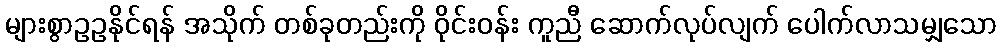
များစွာဥဥနိုင်ရန် အသိုက် တစ်ခုတည်းကို ဝိုင်းဝန်း ကူညီ ဆောက်လုပ်လျက် ပေါက်လာသမျှသော